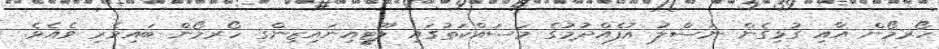
ހޯރމޯން އާއި ގުޅިގެން ނަސްލު އުފެއްދުމުގެ މަސައްކަތުގައި ލޫޓީއިނައިޒިންގ ހޯރމޯން ބައިވެރި ވެއެވެ.